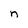
Character: n